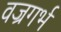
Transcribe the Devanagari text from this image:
वज्रगर्भ